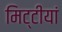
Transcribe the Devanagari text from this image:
मिट्टीयां